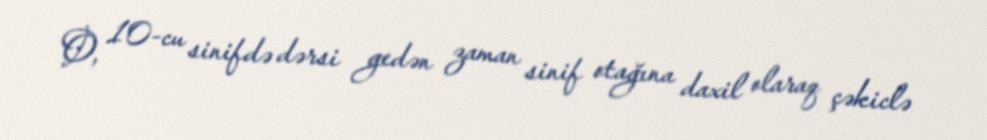
O, 10-cu sinifdə dərsi gedən zaman sinif otağına daxil olaraq çəkiclə